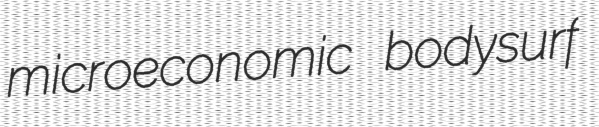
microeconomic bodysurf